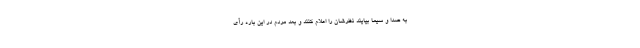
به صدا و سیما بیایند نظرشان را اعلام کنند و بعد مردم در این باره رأی